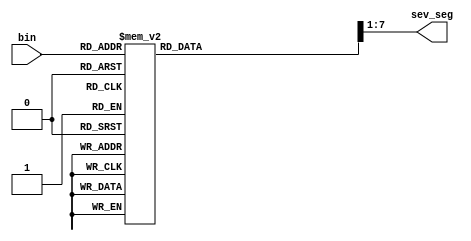
`timescale 1ns / 1ps
//////////////////////////////////////////////////////////////////////////////////
// Company: 
// Engineer: 
// 
// Design Name: 
// Module Name: bin_to_seven
// Project Name: 
// Target Devices: 
// Tool Versions: 
// Description: 
// 
// Dependencies: 
// 
// Revision:
// Revision 0.01 - File Created
// Additional Comments:
// 
//////////////////////////////////////////////////////////////////////////////////


module bin_to_seven(
    input [3:0] bin,
    output [6:0] sev_seg
    );
    
    reg [7:0] temp=0;
    
    always@(*)
    begin
    case(bin)
    4'b0000:temp=8'hFC;
    4'b0001:temp=8'h60;    
    4'b0010:temp=8'hDA;
    4'b0011:temp=8'hF2;
    4'b0100:temp=8'h66;
    4'b0101:temp=8'hB6;
    4'b0110:temp=8'hBE;
    4'b0111:temp=8'hE0;
    4'b1000:temp=8'hFE;
    4'b1001:temp=8'hF6;
    default:temp=8'h00;
    endcase
    end
    assign sev_seg=temp[7:1];
    endmodule